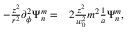
\begin{array} { r l } { - \frac { z ^ { 2 } } { r ^ { 2 } } \partial _ { \phi } ^ { 2 } \Psi _ { n } ^ { m } = } & { { } 2 \frac { z ^ { 2 } } { w _ { 0 } ^ { 2 } } m ^ { 2 } \frac { 1 } { a } \Psi _ { n } ^ { m } , } \end{array}